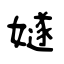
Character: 嬘